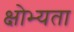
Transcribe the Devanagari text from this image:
क्षोभ्यता